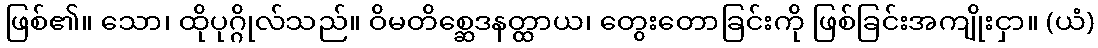
ဖြစ်၏။ သော၊ ထိုပုဂ္ဂိုလ်သည်။ ဝိမတိစ္ဆေဒနတ္ထာယ၊ တွေးတောခြင်းကို ဖြစ်ခြင်းအကျိုးငှာ။ (ယံ)